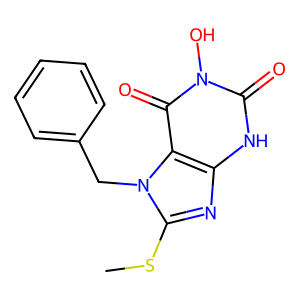
SMILES: CSc1nc2[nH]c(=O)n(O)c(=O)c2n1Cc1ccccc1
Inhibits HIV replication: No